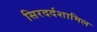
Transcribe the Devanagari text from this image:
सिरदर्दशामिल